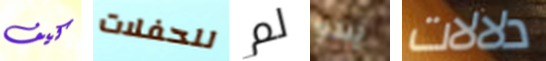
كيف للحفلات لم يبدو دلالات